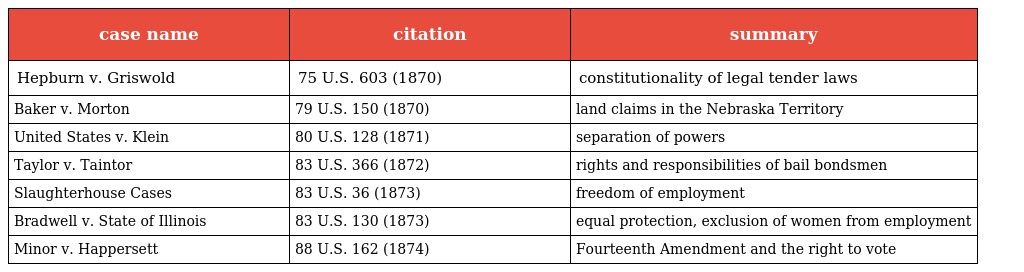
| case name | citation | summary |
 | --- | --- | --- |
 | Hepburn v. Griswold | 75 U.S. 603 (1870) | constitutionality of legal tender laws |
 | Baker v. Morton | 79 U.S. 150 (1870) | land claims in the Nebraska Territory |
 | United States v. Klein | 80 U.S. 128 (1871) | separation of powers |
 | Taylor v. Taintor | 83 U.S. 366 (1872) | rights and responsibilities of bail bondsmen |
 | Slaughterhouse Cases | 83 U.S. 36 (1873) | freedom of employment |
 | Bradwell v. State of Illinois | 83 U.S. 130 (1873) | equal protection, exclusion of women from employment |
 | Minor v. Happersett | 88 U.S. 162 (1874) | Fourteenth Amendment and the right to vote |